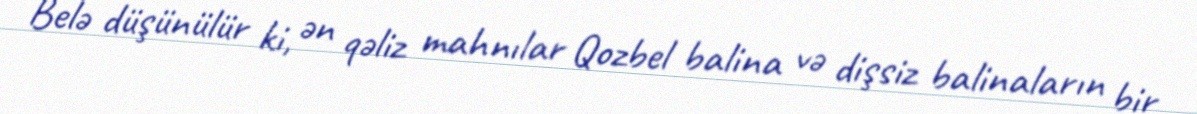
Belə düşünülür ki, ən qəliz mahnılar Qozbel balina və dişsiz balinaların bir